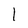
Character: l